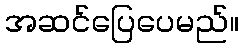
အဆင်ပြေပေမည်။